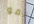
نمو